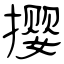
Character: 撄